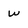
Character: w